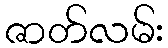
ဇာတ်လမ်း